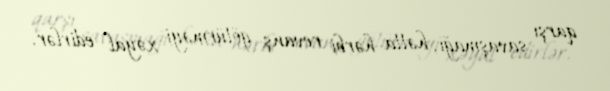
qarşı savaşmağı, hətta hərbi revanş götürməyi xəyal edirlər.